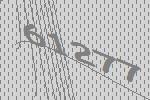
61277